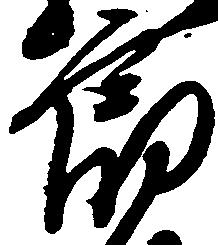
郎